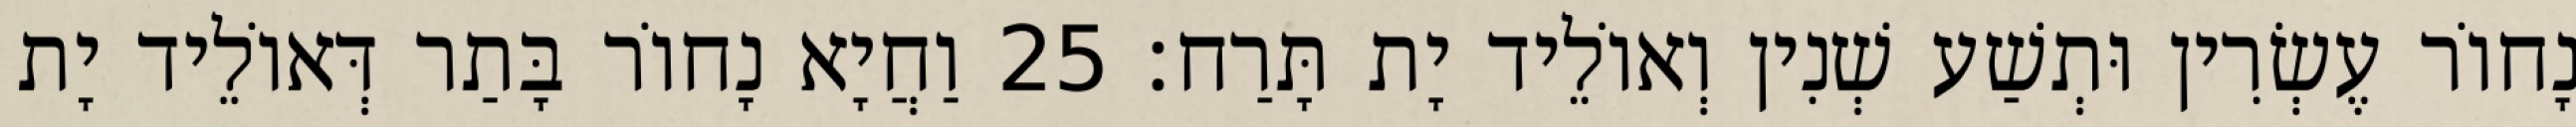
נָחוֹר עֶשְׂרִין וּתְשַׁע שְׁנִין וְאוֹלֵיד יָת תָּרַח׃ 25 וַחֲיָא נָחוֹר בָּתַר דְּאוֹלֵיד יָת